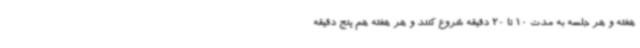
هفته و هر جلسه به مدت 10 تا 20 دقیقه شروع کنند و هر هفته هم پنج دقیقه